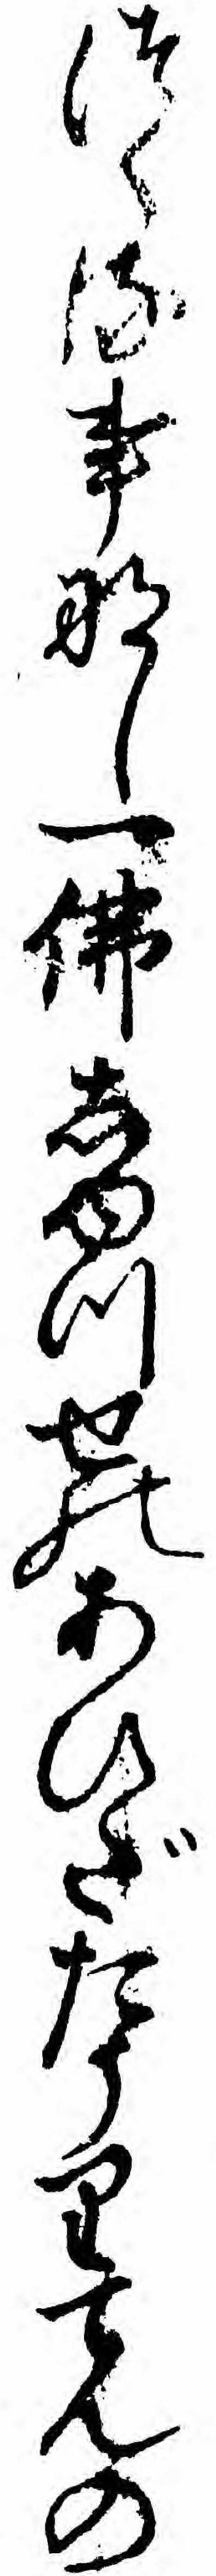
つくる事なし一仏しゆつせのあひだたうりてんの